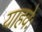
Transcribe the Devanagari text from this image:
याहवेः